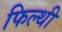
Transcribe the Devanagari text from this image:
फिल्थी